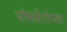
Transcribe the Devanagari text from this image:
नीलगिरीच्या